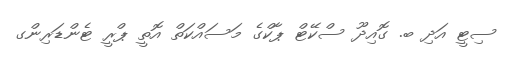
ސިޓީ އަދި ބ. ގޮއިދޫ ސްކޭޓް ޕާކްގެ މަސައްކަތް އޮތީ ޕްރީ ޓެންޑަރިންގ